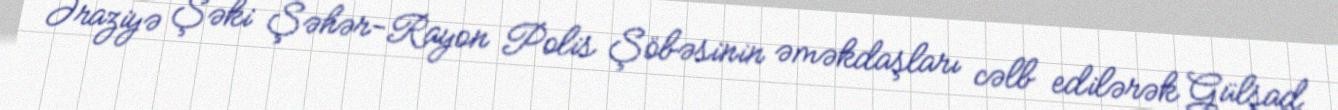
Əraziyə Şəki Şəhər-Rayon Polis Şöbəsinin əməkdaşları cəlb edilərək Gülşad